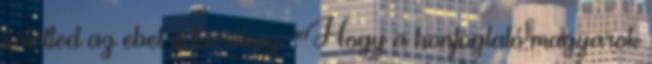
kötötted az ebet a karóhoz: "Hogy a honfoglaló magyarok